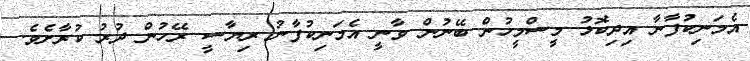
އެމަނިކުފާނާ އިދިކޮޅު މީސްމީހުން ބޭނުން ވާނީ އެމަނިކުފާނު ރިޔާސީ ރޭހުން ދުރު ކުރާށެވެ.